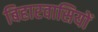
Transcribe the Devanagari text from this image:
बिहारवासियों